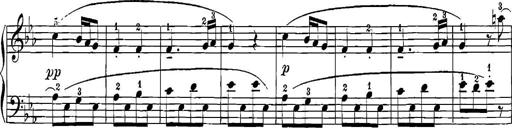
Title: 12 Sonatinas
Composer: Ignaz Pleyel